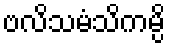
ဗလိသမံသိကမ္ပိ